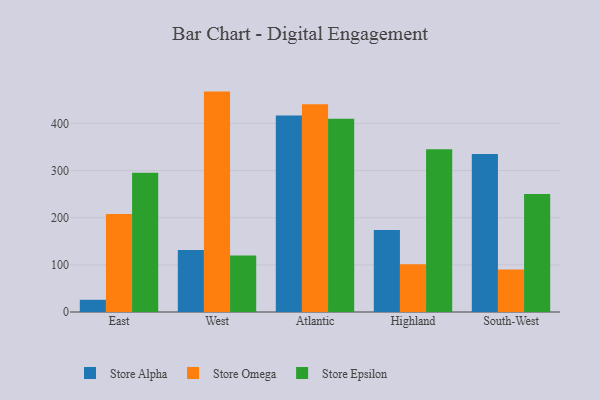
{"axis": {"x": "Region", "y": "Production Output"}, "legend": ["Store Alpha", "Store Epsilon", "Store Omega"], "data": [{"x": "East", "y": 25.9, "type": "Store Alpha"}, {"x": "East", "y": 207.9, "type": "Store Omega"}, {"x": "East", "y": 295.6, "type": "Store Epsilon"}, {"x": "West", "y": 131.7, "type": "Store Alpha"}, {"x": "West", "y": 467.5, "type": "Store Omega"}, {"x": "West", "y": 119.7, "type": "Store Epsilon"}, {"x": "Atlantic", "y": 417.0, "type": "Store Alpha"}, {"x": "Atlantic", "y": 440.5, "type": "Store Omega"}, {"x": "Atlantic", "y": 409.9, "type": "Store Epsilon"}, {"x": "Highland", "y": 174.0, "type": "Store Alpha"}, {"x": "Highland", "y": 101.3, "type": "Store Omega"}, {"x": "Highland", "y": 345.1, "type": "Store Epsilon"}, {"x": "South-West", "y": 335.2, "type": "Store Alpha"}, {"x": "South-West", "y": 89.9, "type": "Store Omega"}, {"x": "South-West", "y": 250.4, "type": "Store Epsilon"}]}